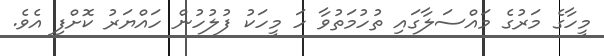
މީހާގެ މަރުގެ މައްސަލާގައި ތުހުމަތުވާ ހަ މީހަކު ފުލުހުން ހައްޔަރު ކޮށްފި އެވެ.